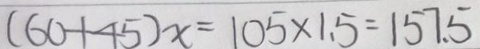
( 6 0 + 4 5 ) x = 1 0 5 \times 1 . 5 = 1 5 7 . 5